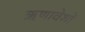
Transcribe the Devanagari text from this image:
ऋणावेशों